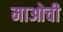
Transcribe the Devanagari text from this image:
माओची